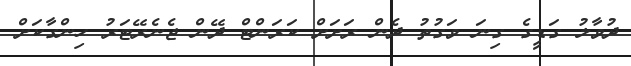
ދުވާލު ގަޑީގެ ގިނަ ވަގުތު ދެން ރަށަށް ކަރަންޓް ދޭން ޖެނެރޭޓަރު ހިންގާކަށް